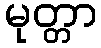
မုတ္တာ